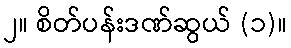
၂။ စိတ်ပန်းဒဏ်ဆွယ် (၁)။